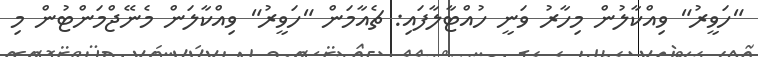
"ހަވީރު" ވިއްކާލުން މިހާރު ވަނީ ހުއްޓާލާފައި: ޗެއާމަން "ހަވީރު" ވިއްކާލަން މެނޭޖްމަންޓުން މި